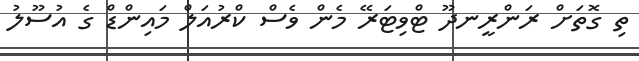
ތި ގޮތަށް ރަންރީނދޫ ޓްވިޓަރޭ މެން ވެސް ކްރުއަލް މައިންޑް ގެ އުސޫލު